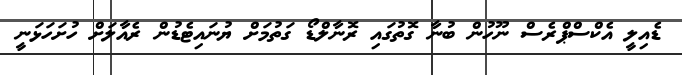
ޑެއިލީ އެކްސްޕްރެސް ނޫހުން ބުނާ ގޮތުގައި ރޮނާލްޑޯ ގަތުމަށް ޔުނައިޓެޑުން ރެއާލަށް ހުށަހަޅަނީ